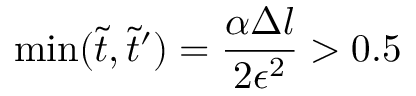
\operatorname* { m i n } ( \tilde { t } , \tilde { t } ^ { \prime } ) = \frac { \alpha \Delta l } { 2 \epsilon ^ { 2 } } > 0 . 5